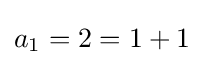
a_{1}=2=1+1